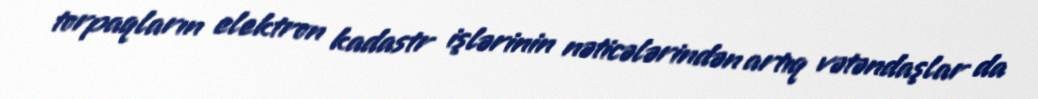
torpaqların elektron kadastr işlərinin nəticələrindən artıq vətəndaşlar da